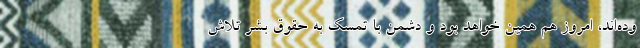
وده‌اند، امروز هم همین خواهد بود و دشمن با تمسک به حقوق بشر تلاش